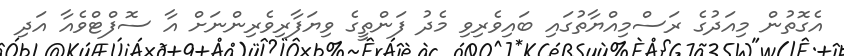
އެގޮތުން މިއަދުގެ ރަސްމިއްޔާތުގައި ބައިވެރިވި މެދު ފަންތީގެ ވިޔަފާރިވެރިންނަށް އާ ސޮފްޓްވެއާ އަދި